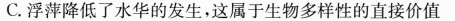
C.浮萍降低了水华的发生，这属于生物多样性的直接价值